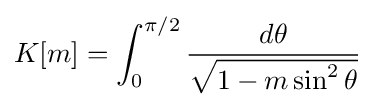
K[m]=\int _{0}^{\pi /2}{\dfrac {d\theta }{\sqrt {1-m\sin ^{2}\theta }}}